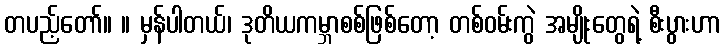
တပည့်တော်။ ။ မှန်ပါတယ်၊ ဒုတိယကမ္ဘာစစ်ဖြစ်တော့ တစ်ဝမ်းကွဲ အမျိုးတွေရဲ့ စီးပွားဟာ